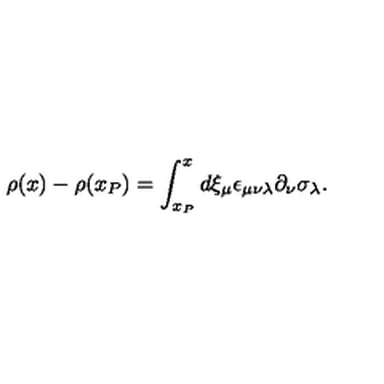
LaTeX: \rho ( x ) - \rho ( x _ { P } ) = \int _ { x _ { P } } ^ { x } d \xi _ { \mu } \epsilon _ { \mu \nu \lambda } \partial _ { \nu } \sigma _ { \lambda } .